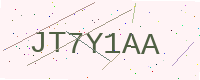
Text: JT7Y1AA